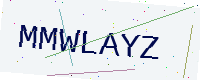
Text: MMWLAYZ